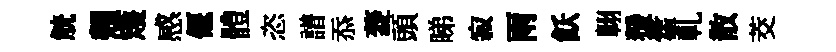
觥翹矱感偃體恣譜忝菱頭睇寂雨飫翺猨霍軋散茭